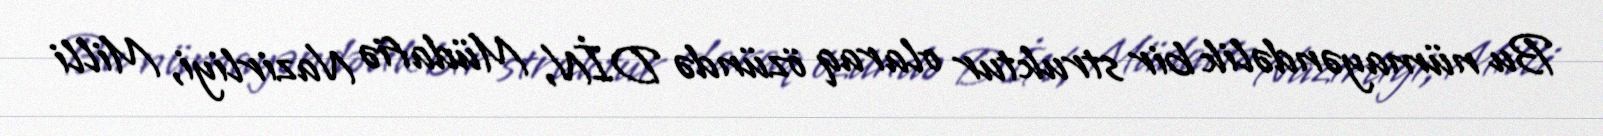
Bu nümayəndəlik bir struktur olaraq özündə DİN, Müdafiə Nazirliyi, Milli